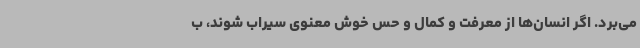
می‌برد. اگر انسان‌ها از معرفت و کمال و حس خوش معنوی سیراب شوند، ب